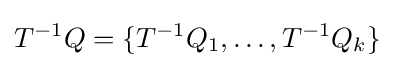
T^{-1}Q=\{T^{-1}Q_{1},\ldots ,T^{-1}Q_{k}\}